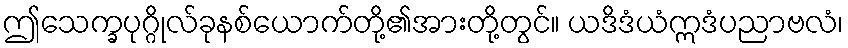
ဤသေက္ခပုဂ္ဂိုလ်ခုနစ်ယောက်တို့၏အားတို့တွင်။ ယဒိဒံယံဣဒံပညာဗလံ၊